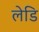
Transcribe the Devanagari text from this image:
लेडि